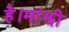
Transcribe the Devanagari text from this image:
है।मांझी